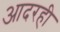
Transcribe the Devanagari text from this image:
आदरही